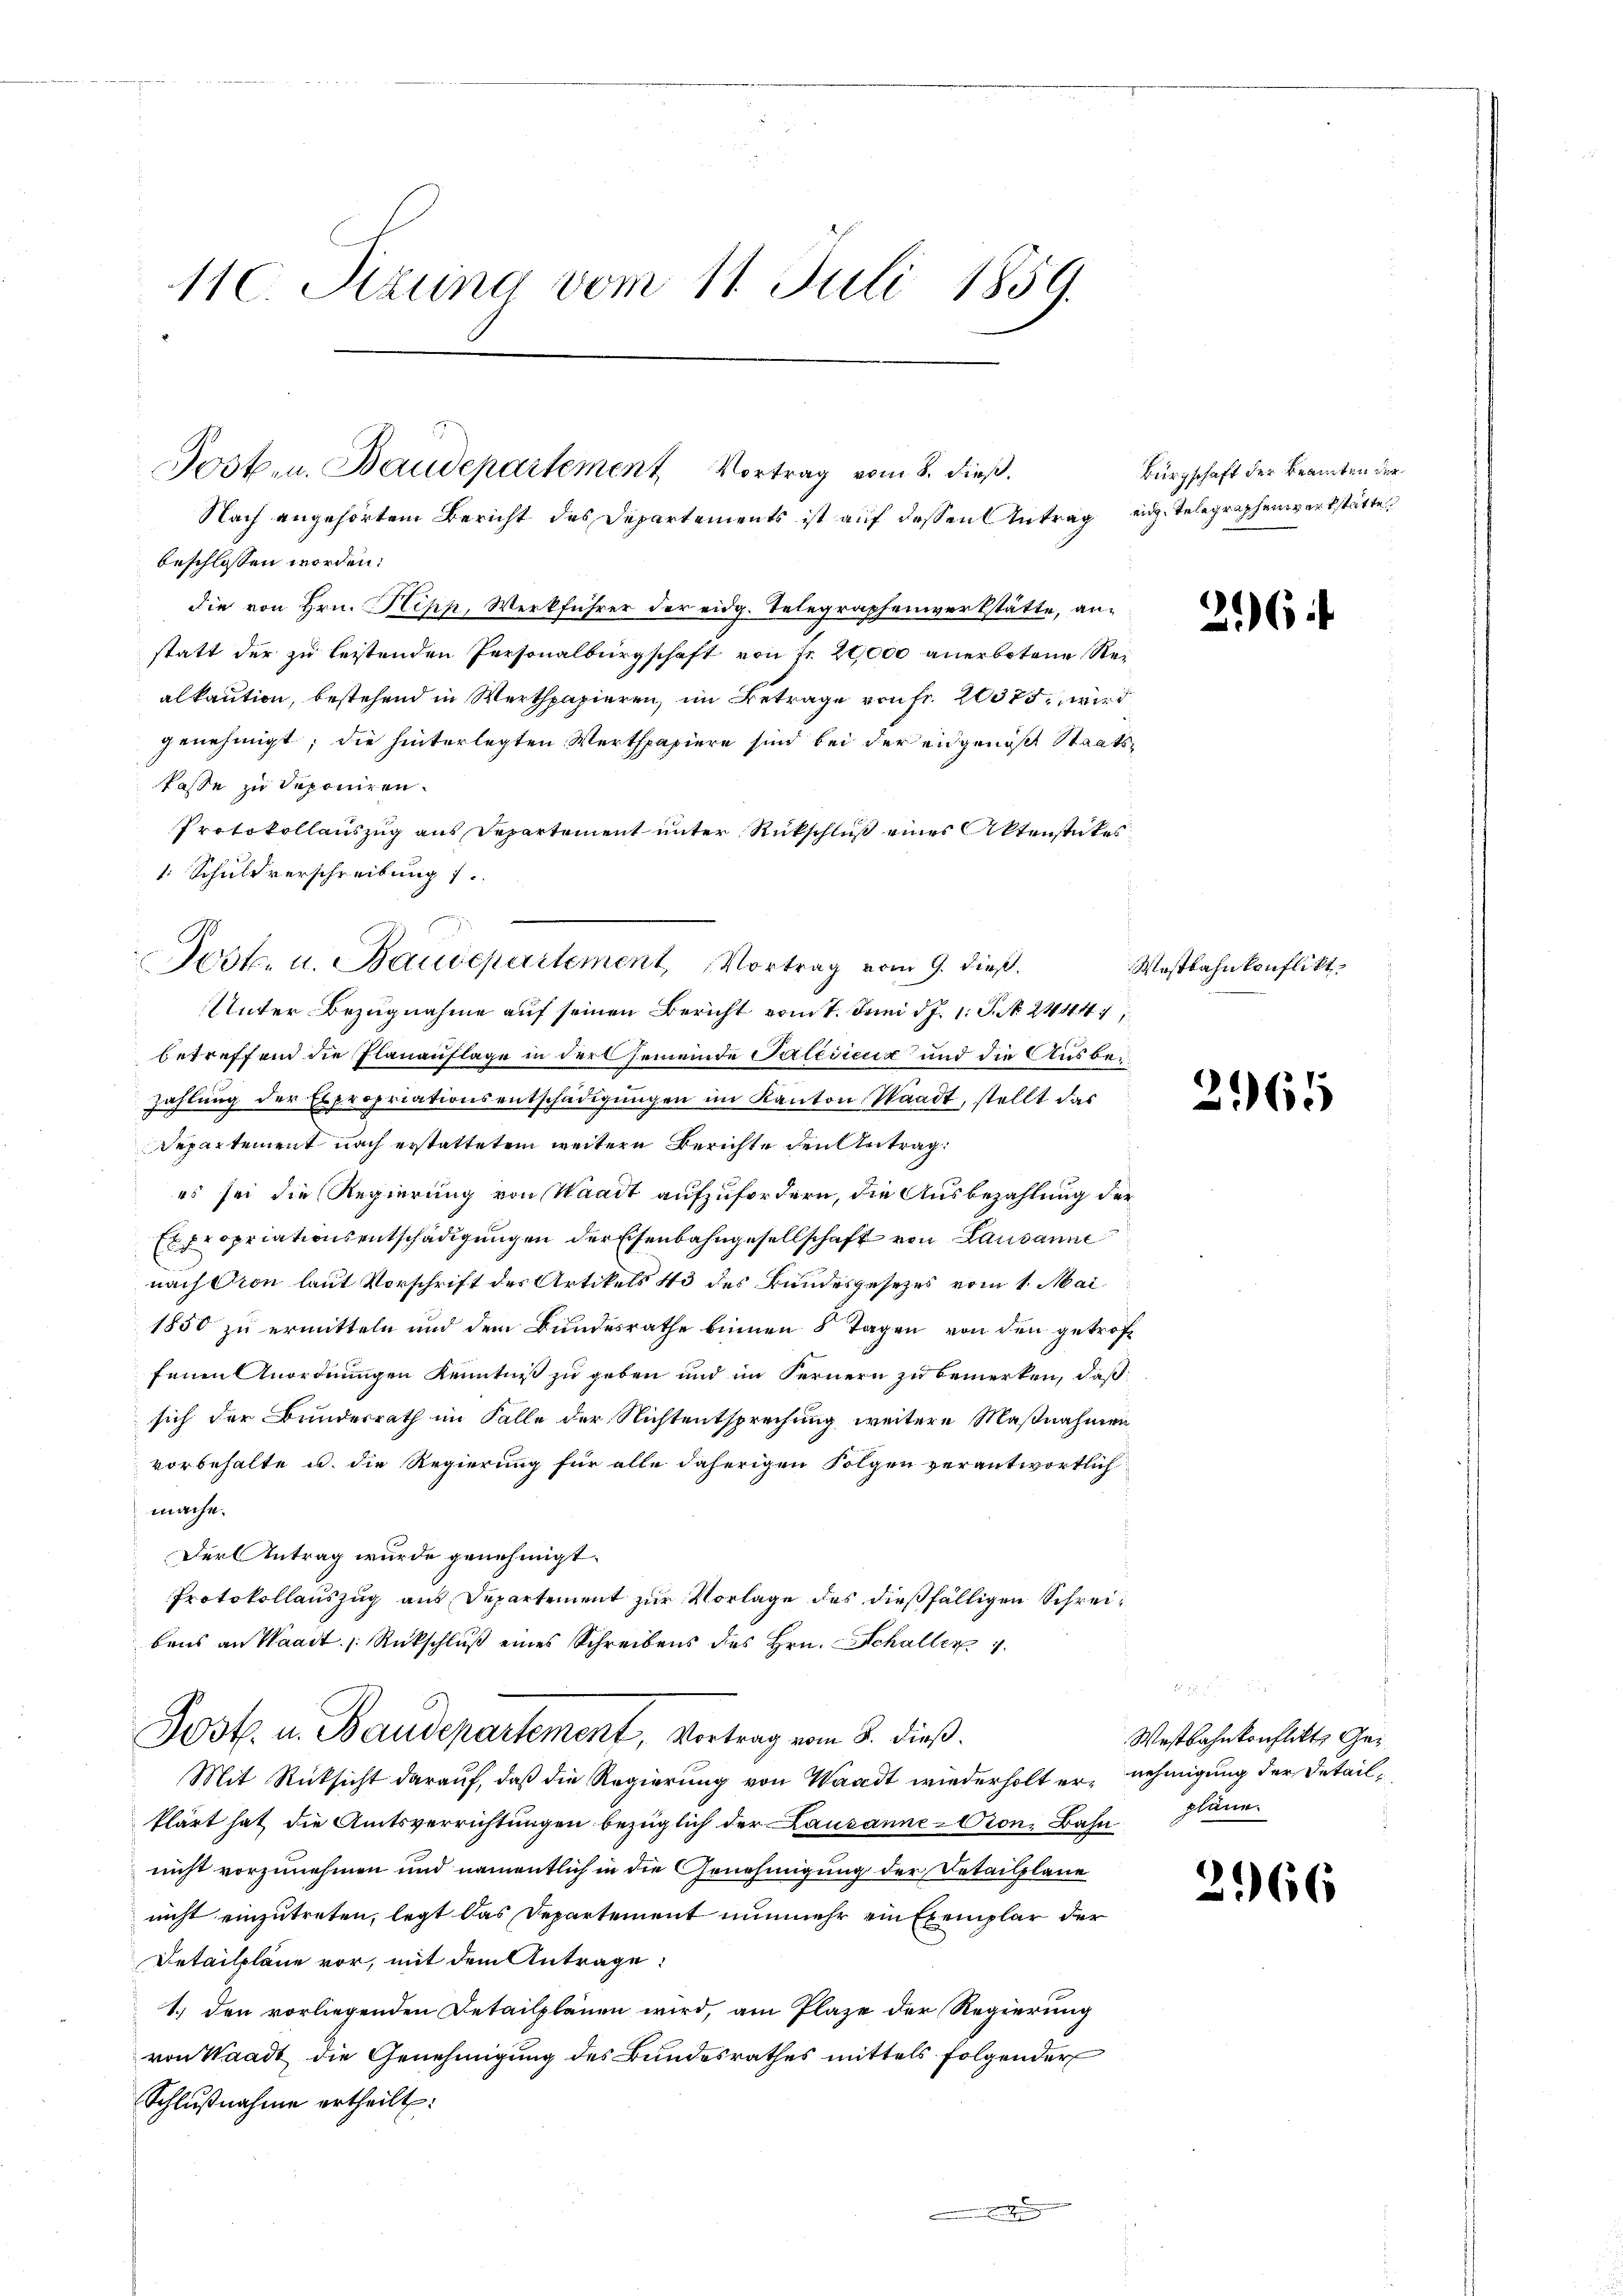
110. Setzung vom 11. Juli 1859.

Nach angehörtem Bericht des Departements ist auf dessen Antrag eidg. Telegraphenwerkstätte
beschlossen worden.
die von Hrn. Klipp, Werkführer der eidg. Telegraphenwerkstätte, anstatt der zu leistenden Personalburgschaft von Fr. 20,000 anerbotene Reialkaution, bestehend in Werthpapieren, im Betrage von Fr. 20375, wird
genehmigt; die hinterlegten Werthpapiere sind bei der eidgenößt Staatskasse zu deponiren.
Protokollauszug aus Departement unter Rückschluß eines Aktenstückes
1 Schuldverschreibung 1.
Unter Bezugnahme auf seinen Bericht vom 7. Juni d. J. 1. P. N. 2444,
betreffend die Planauflage in der Gemeinde Pertisierig und die Ausbeizahlung der Expropriationsentschädigungen im Kanton Waadt, stellt das
Departement nach erstattetem weitere Berichte den Antrag:
es sei die Regierung von Waadt aufzufordern, die Ausbezahlung der
Expropriationsentschädigungen der Eisenbahngesellschaft von Lausann
nach Pion laut Vorschrift des Artikels 43 des Bundesgesetzes vom 1. Mai
1850 zu ermitteln und dem Bundesrathe binnen 8 Tagen von den getroffenen Anordnungen Kenntniß zu geben und im Fernern zu bemerken, daß
sich der Bundesrath im Falle der Nichtentsprechung weitere Maßnahmen
vorbehalte u. die Regierung für alle daherigen Folgen verantwortlich
mache.
Der Antrag wurde genehmigt.
Protokollauszug aus Departement zur Vorlage des dießfälligen Schreibrus an Waadt Rückschluß eines Schreibens des Hrn. Schaller 4.
Post. u. Baudepartement, Vortrag vom 8. dieß.
Mit Rücksicht darauf, daß die Regierung von Waadt wiederholt er nehmigung der Detailklärt hat die Amtsverrichtungen bezüglich der Lausanne - Cron, Bahn
nicht vorzunehmen und namentlich in die Genehmigung der Detailpläne
nicht einzutreten, legt das Departement nunmehr ein Exemplar der
Detailpläne vor, mit dem Antrage
1.) den vorliegenden Detailplänen wird, am Plaze der Regierung
von Waadt die Genehmigung des Bundesrathes mittels folgender
Schlŭβnahme ertheilt:

Jost. u. Baudepartement Vortrag vom 8. dieß.

Jester u. Baudepartement, Vortrag vom 9. dieß.

t

Bürgschaft der Beamten der

216 ff.

Mostbahnkonflikt

2165

2
Westbahnkonflikte Gepläne.

2166